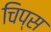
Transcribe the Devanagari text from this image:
चिप्‍स